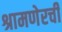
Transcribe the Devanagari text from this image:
श्रामणेरची